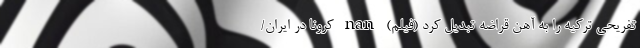
تفریحی ترکیه را به آهن قراضه تبدیل کرد (فیلم) nan کرونا در ایران/